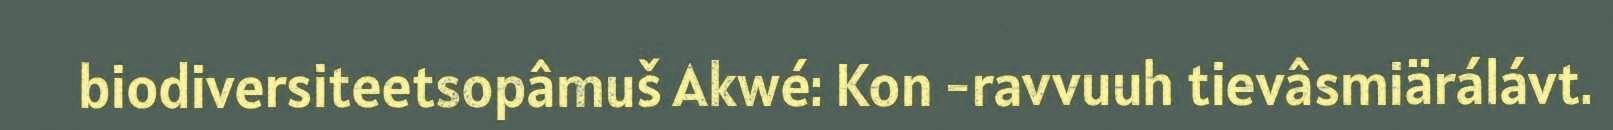
biodiversiteetsopâmuš Akwé: Kon -ravvuuh tievâsmiärálávt.